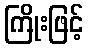
ကြိုးဖြင့်